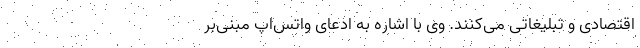
اقتصادی و تبلیغاتی می‌کنند. وی با اشاره به ادعای واتس‌اپ مبنی‌بر